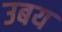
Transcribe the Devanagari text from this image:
उबय